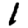
Digit: 1